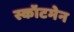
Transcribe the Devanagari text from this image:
स्कॉटमेन